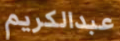
عبدالكريم